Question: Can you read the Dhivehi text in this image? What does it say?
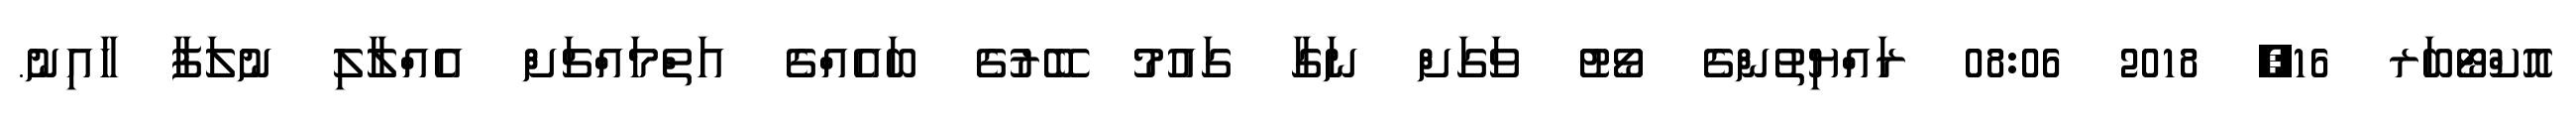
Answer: އޮކްޓޯބަރ 16, 2018 08:06 ރައްޔިތުންގެ ވޯޓު ވަގަށް ނަގާ ގައުމު ބޭރުގެ ބައެއްގެ އަތްމައްޗަށް އެއްލާލި ނުލަފާ ހާއިނު.